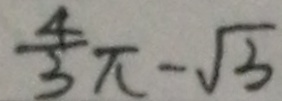
\frac { 4 } { 3 } \pi - \sqrt { 3 }